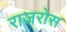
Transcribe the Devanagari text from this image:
राजरोस